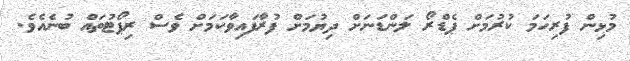
މުޅިން ފުރިހަމަ ކުރުމަށް ޕެޑްރޯ ލަންޑަނަށް ދިޔުމަށް ފުރާފައިވާކަމަށް ވެސް ރިޕޯޓުތައް ބުނެއެވެ.